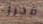
محرر